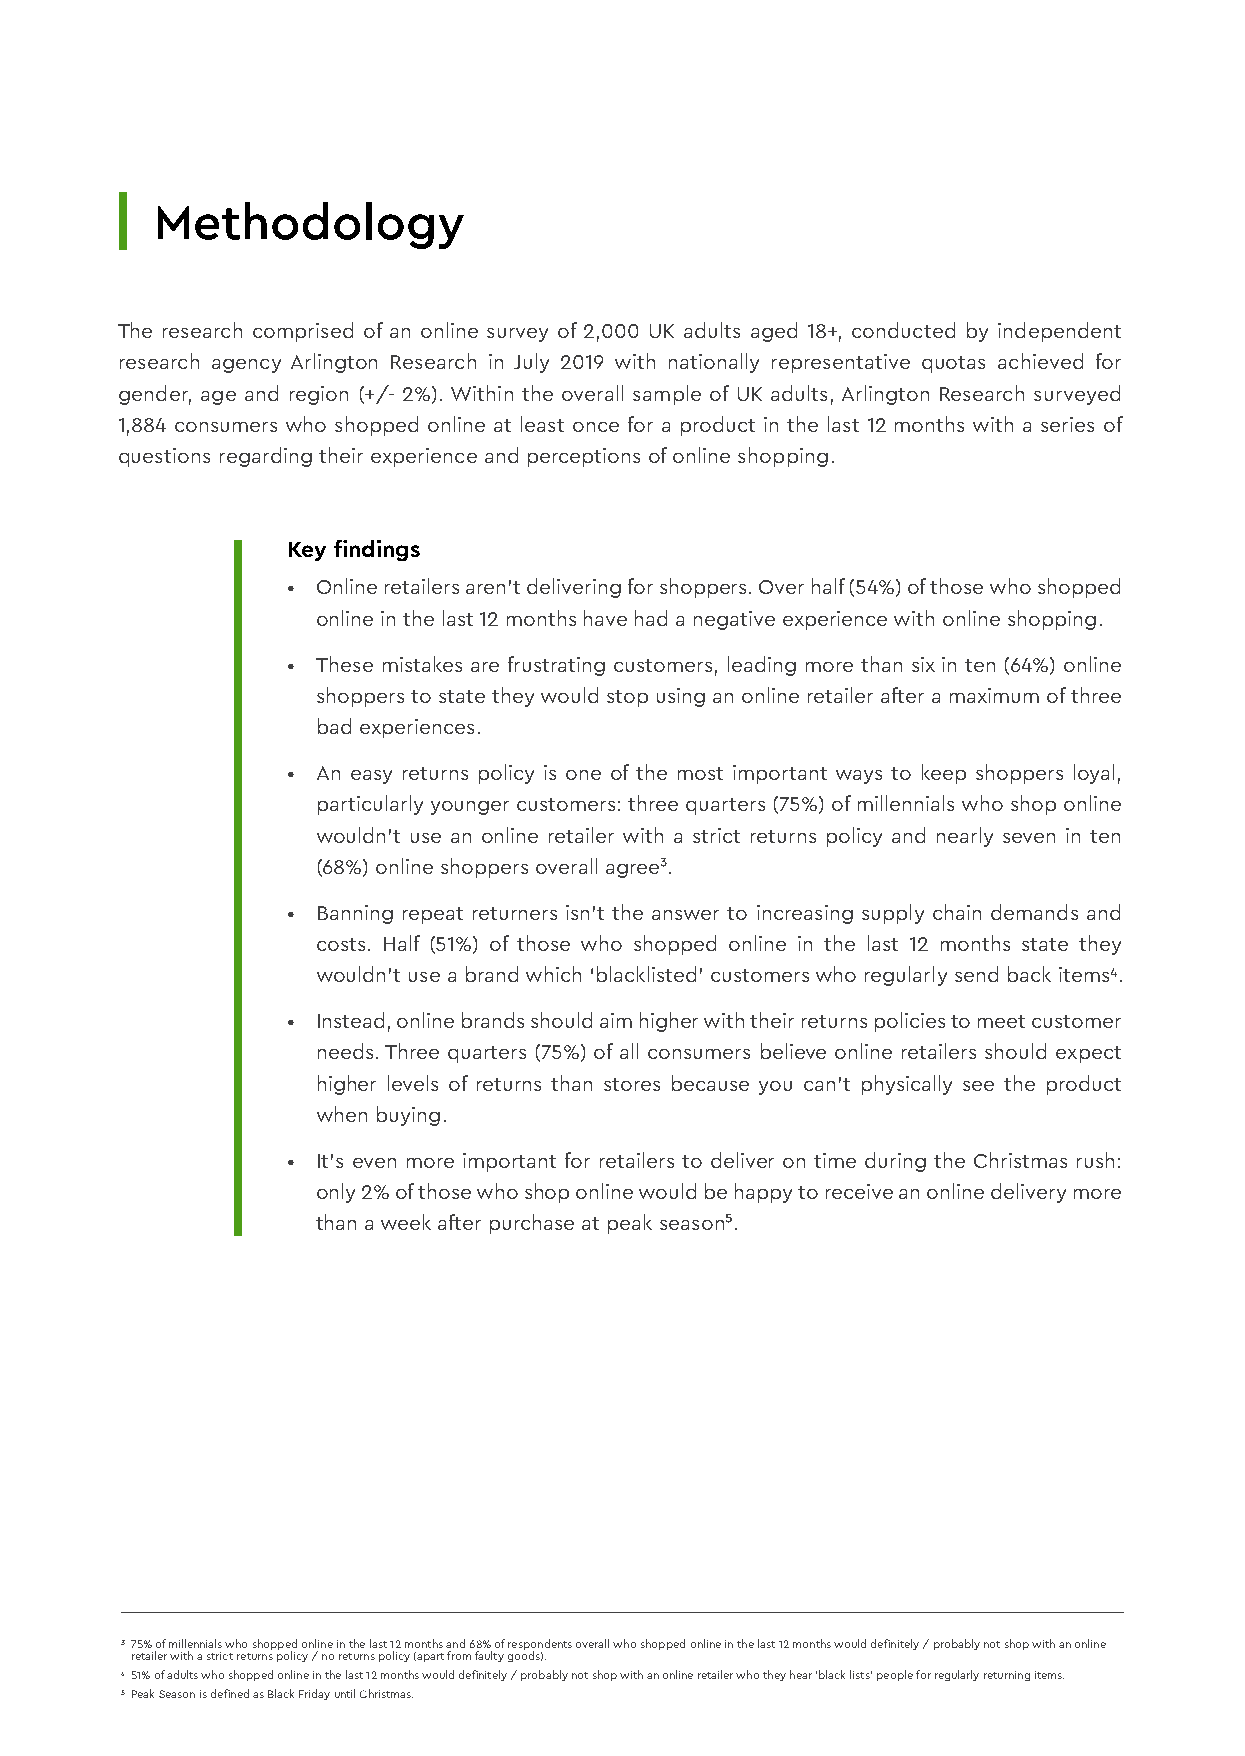
Methodology
 The research comprised of an online survey of 2,000 UK adults aged 18+, conducted by independent
 research agency Arlington Research in July 2019 with nationally representative quotas achieved for
 gender, age and region (+/- 2%). Within the overall sample of UK adults, Arlington Research surveyed
 1,884 consumers who shopped online at least once for a product in the last 12 months with a series of
 questions regarding their experience and perceptions of online shopping.
 Key findings
 • Online retailers aren’t delivering for shoppers. Over half (54%) of those who shopped
 online in the last 12 months have had a negative experience with online shopping.
 • These mistakes are frustrating customers, leading more than six in ten (64%) online
 shoppers to state they would stop using an online retailer after a maximum of three
 bad experiences.
 • An easy returns policy is one of the most important ways to keep shoppers loyal,
 particularly younger customers: three quarters (75%) of millennials who shop online
 wouldn’t use an online retailer with a strict returns policy and nearly seven in ten
 (68%) online shoppers overall agree³.
 • Banning repeat returners isn’t the answer to increasing supply chain demands and
 costs. Half (51%) of those who shopped online in the last 12 months state they
 wouldn’t use a brand which ‘blacklisted’ customers who regularly send back items4.
 • Instead, online brands should aim higher with their returns policies to meet customer
 needs. Three quarters (75%) of all consumers believe online retailers should expect
 higher levels of returns than stores because you can’t physically see the product
 when buying.
 • It’s even more important for retailers to deliver on time during the Christmas rush:
 only 2% of those who shop online would be happy to receive an online delivery more
 than a week after purchase at peak season⁵.
 3 75% of millennials who shopped online in the last 12 months and 68% of respondents overall who shopped online in the last 12 months would definitely / probably not shop with an online
 retailer with a strict returns policy / no returns policy (apart from faulty goods).
 4 51% of adults who shopped online in the last 12 months would definitely / probably not shop with an online retailer who they hear ‘black lists’ people for regularly returning items.
 5 Peak Season is defined as Black Friday until Christmas.